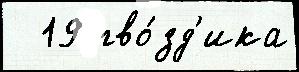
  19 гво́зд'ика